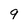
Character: 9